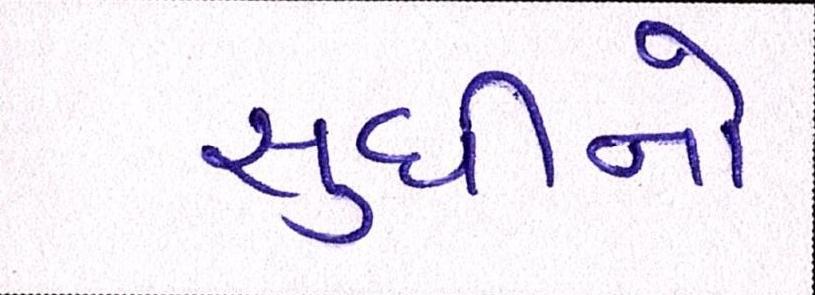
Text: સુધીનો